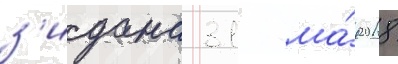
з'идана 31 ма́я 2018